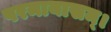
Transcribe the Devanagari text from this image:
परमायासम्‌।